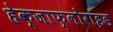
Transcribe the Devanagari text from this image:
हेक्जाफ्लोराइड